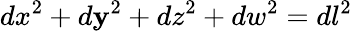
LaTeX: dx^{2}+d\mathbf{y}^{2}+dz^{2}+dw^{2}=dl^{2}